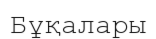
Бұқалары